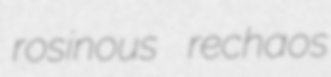
rosinous rechaos